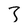
Character: 3